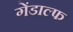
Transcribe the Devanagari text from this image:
गेंडाल्फ